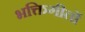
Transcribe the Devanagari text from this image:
भक्तिगीतों